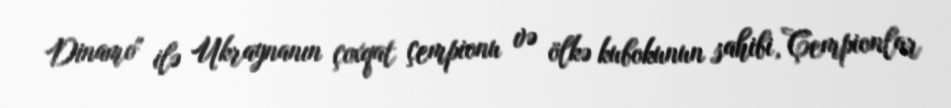
Dinamo" ilə Ukraynanın çoxqat çempionu və ölkə kubokunun sahibi, Çempionlar